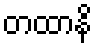
တထာနိ